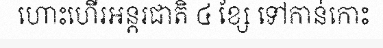
ហោះហើរអន្តរជាតិ ៤ ខ្សែ ទៅកាន់កោះ